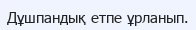
Дұшпандық етпе ұрланып.